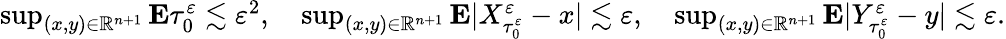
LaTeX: \begin{array}{r}{\operatorname*{sup}_{(x,y)\in\mathbb{R}^{n+1}}\mathbf{E}\tau_{0}^{\varepsilon}\lesssim\varepsilon^{2},\quad\operatorname*{sup}_{(x,y)\in\mathbb{R}^{n+1}}\mathbf{E}|X_{\tau_{0}^{\varepsilon}}^{\varepsilon}-x|\lesssim\varepsilon,\quad\operatorname*{sup}_{(x,y)\in\mathbb{R}^{n+1}}\mathbf{E}|Y_{\tau_{0}^{\varepsilon}}^{\varepsilon}-y|\lesssim\varepsilon.}\end{array}